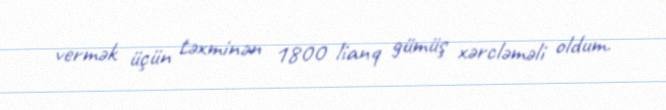
vermək üçün təxminən 1800 lianq gümüş xərcləməli oldum.